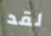
لقد